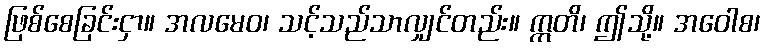
ဖြစ်စေခြင်းငှာ။ အလမေဝ၊ သင့်သည်သာလျှင်တည်း။ ဣတိ၊ ဤသို့။ အဝေါစ၊